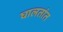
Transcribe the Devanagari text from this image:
घालतांत